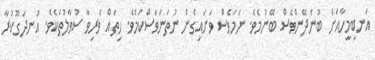
އަނބިމީހާއަށް ބުނެދޭންވެސް ބޭނުމެވެ. ނަމަވެސް ވަށައިގެން ނުތަނަވަސްކަމެވެ. ހިތައް ވެރިވާ ސުވާލުތަކެވެ. އުނދަގޫކުރާ